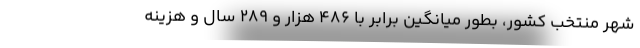
شهر منتخب کشور، بطور میانگین برابر با ۴۸۶ هزار و ۲۸۹ سال و هزینه